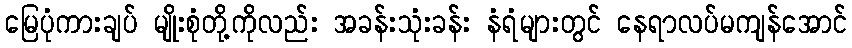
မြေပုံကားချပ် မျိုးစုံတို့ကိုလည်း အခန်းသုံးခန်း နံရံများတွင် နေရာလပ်မကျန်အောင်